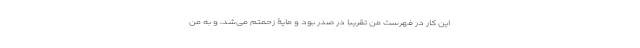
این کار در فهرست من تقریباً در صدر بود و مایۀ زحمتم می‌شد، و به من